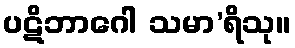
ပဋိဘာဂေါ သမာ’ရိသု။